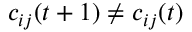
c _ { i j } ( t + 1 ) \neq c _ { i j } ( t )